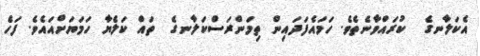
އެކަލާނގެ  ކުރައްވާނެތެވެ. ހަމައެފަދައިން ތިމަންރަސްކަލާނގެ  ތައް ކަލެޔާ ހަމަޔަށްއައެވެ. ފަހެ